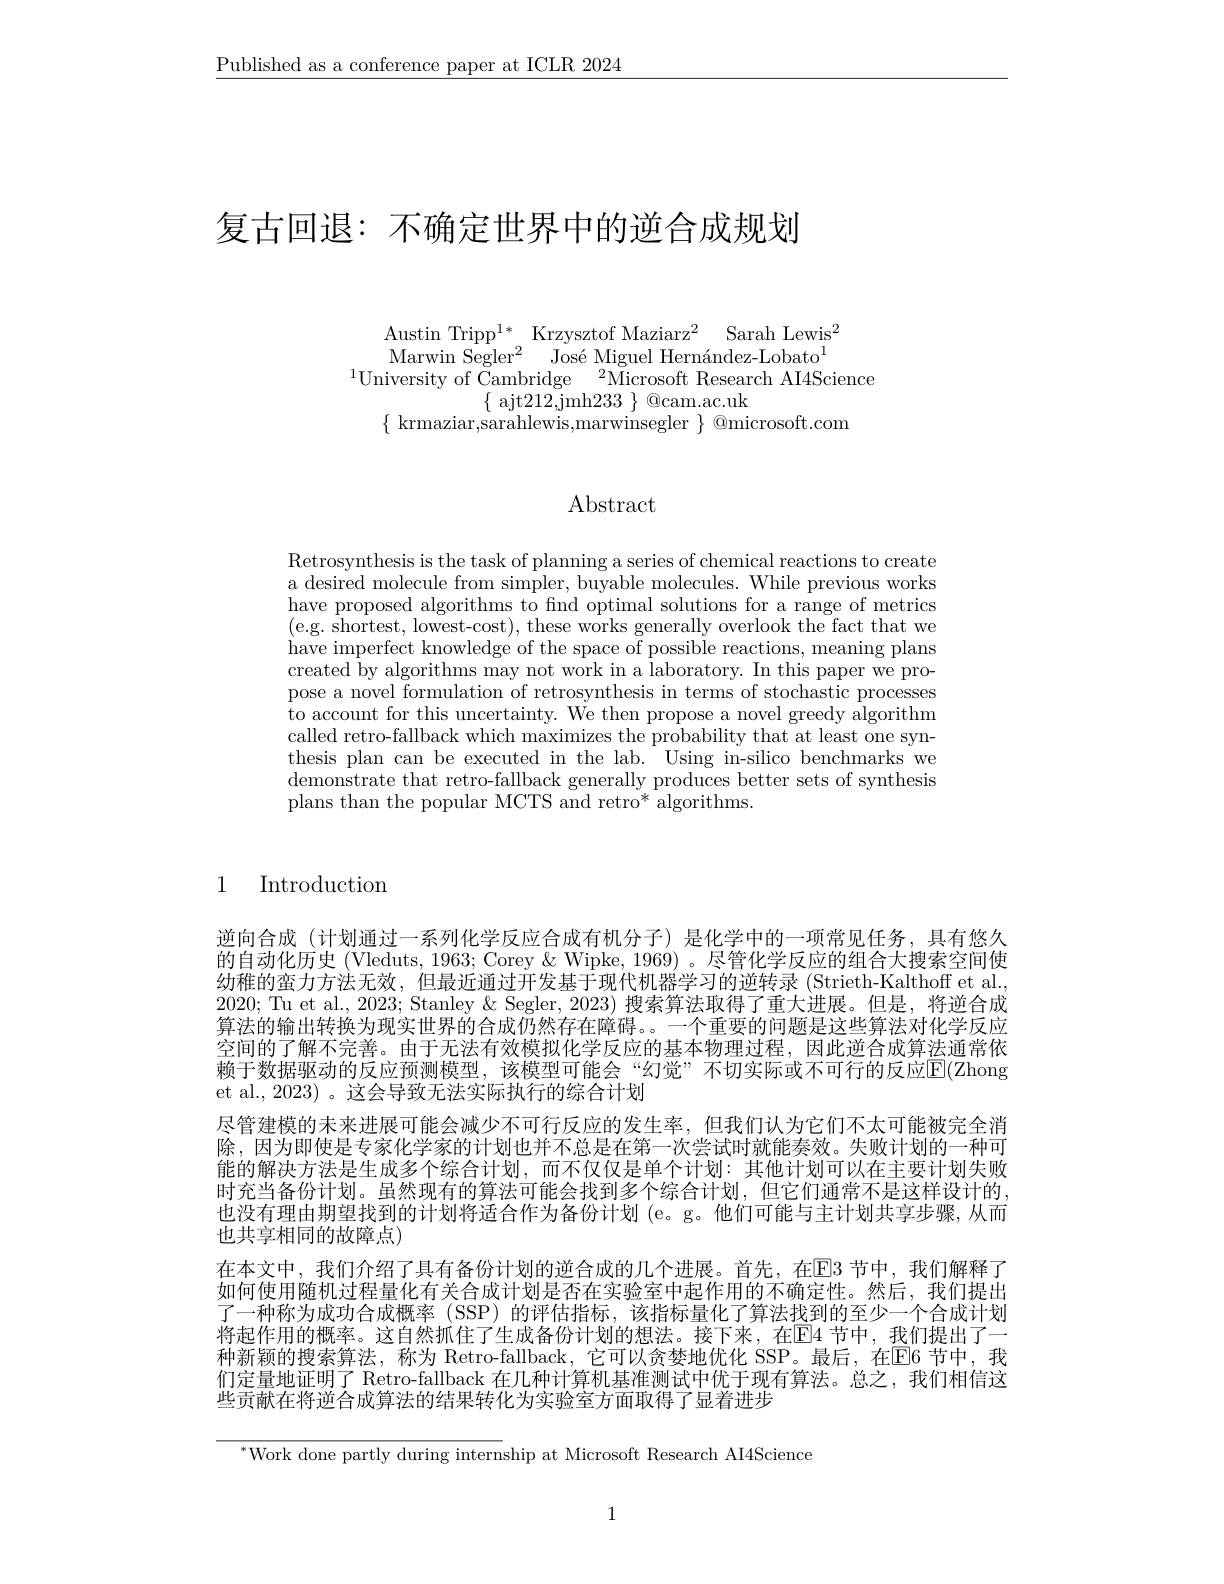
$\underline{\text{Published as a conference paper at ICLR 2024}}$

# 复古回退：不确定世界中的逆合成规划

Austin Tripp$^{1*}$ Krzysztof Maziarz$^2$ Sarah Lewis$^2$ Marwin Segler$^2$ $\text{Jos\'{e} Miguel Hern\'{a} ndez- Lobato}^{1}$
$^{1}$University of $\bar{\text{Cambridge}}$ $\bar{\text{Microsoft Research AI4Science}}$
$\{$ ajt212,jmh$233\}$ @cam.ac.uk
$\{$ krmaziar,sarahlewis,marwinsegler $\}$ @microsoft.com

# Abstract

Retrosynthesis is the task of planning a series of chemical reactions to create a desired molecule from simpler, buyable molecules. While previous works have proposed algorithms to fnd optimal solutions for a range of metrics (e.g. shortest, lowest-cost), these works generally overlook the fact that we have imperfect knowledge of the space of possible reactions, meaning plans created by algorithms may not work in a laboratory. In this paper we propose a novel formulation of retrosynthesis in terms of stochastic processes to account for this uncertainty. We then propose a novel greedy algorithm called retro-fallback which maximizes the probability that at least one synthesis plan can be executed in the lab. Using in-silico benchmarks we demonstrate that retro-fallback generally produces better sets of synthesis plans than the popular MCTS and retro* algorithms.

1 Introduction

逆向合成(计划通过一系列化学反应合成有机分子)是化学中的一项常见任务，具有悠久的自动化历史 (Vleduts, 1963; Corey & Wipke, 1969) 。尽管化学反应的组合大搜索空间使幼稚的蛮力方法无效，但最近通过开发基于现代机器学习的逆转录(Strieth-Kalthoff et al. 2020; Tu et al., 2023; Stanley & Segler, 2023) 搜索算法取得了重大进展。但是，将逆合成算法的输出转换为现实世界的合成仍然存在障碍。一个重要的问题是这些算法对化学反应空间的了解不完善。由于无法有效模拟化学反应的基本物理过程，因此逆合成算法通常依赖于数据驱动的反应预测模型，该模型可能会“幻觉”不切实际或不可行的反应$\color{red}{\mathrm{E}}(\mathbb{Z}$hong et al., 2023) 。这会导致无法实际执行的综合计划
尽管建模的未来进展可能会减少不可行反应的发生率，但我们认为它们不太可能被完全消除，因为即使是专家化学家的计划也并不总是在第一次尝试时就能奏效。失败计划的一种可能的解决方法是生成多个综合计划，而不仅仅是单个计划：其他计划可以在主要计划失败时充当备份计划。虽然现有的算法可能会找到多个综合计划，但它们通常不是这样设计的， 也没有理由期望找到的计划将适合作为备份计划 (e。g。他们可能与主计划共享步骤，从而也共享相同的故障点)
在本文中，我们介绍了具有备份计划的逆合成的几个进展。首先，在EB 节中，我们解释了如何使用随机过程量化有关合成计划是否在实验室中起作用的不确定性。然后，我们提出了一种称为成功合成概率 (SSP) 的评估指标，该指标量化了算法找到的至少一个合成计划将起作用的概率。这自然抓住了生成备份计划的想法。接下来，在$\mathbb{E}$4 节中，我们提出了一种新颖的搜索算法，称为 Retro-fallback,它可以贪婪地优化 SSP。最后，在$\overline{\mathrm{E}}$6节中，我们定量地证明了 Retro-fallback 在几种计算机基准测试中优于现有算法。总之，我们相信这些贡献在将逆合成算法的结果转化为实验室方面取得了显着进步

${}^{*}$Work done partly during internship at Microsoft Research AI4Science

1